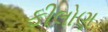
ફીલોણ